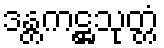
ဒန္တကဋ္ဌသုတ္တံ